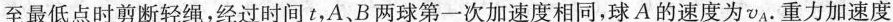
至最低点时剪断轻绳，经过时间t，A、B两球第一次加速度相同，球A的速度为vA。重力加速度